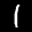
Label: 1